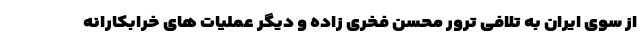
از سوی ایران به تلافی ترور محسن فخری زاده و دیگر عملیات های خرابکارانه